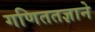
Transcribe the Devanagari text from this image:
गणिततज्ञाने